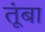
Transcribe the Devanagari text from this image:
तूंबा